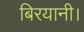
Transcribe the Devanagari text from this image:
बिरयानी।